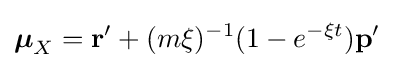
{\boldsymbol {\mu }}_{X}=\mathbf {r'} +(m\xi )^{-1}(1-e^{-\xi t})\mathbf {p'}